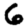
Digit: 6